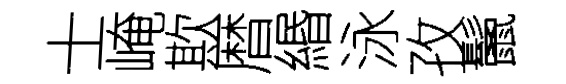
士崦欺暦緡泳孜鬛